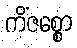
ကိံဇစ္စော